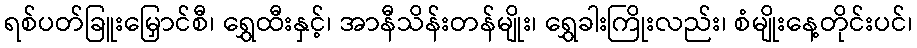
ရစ်ပတ်ခြူးမြှောင်စီ၊ ရွှေထီးနှင့်၊ အာနီသိန်းတန်မျိုး၊ ရွှေခါးကြိုးလည်း၊ စံမျိုးနေ့တိုင်းပင်၊